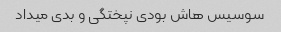
سوسیس هاش بودی نپختگی و بدی میداد